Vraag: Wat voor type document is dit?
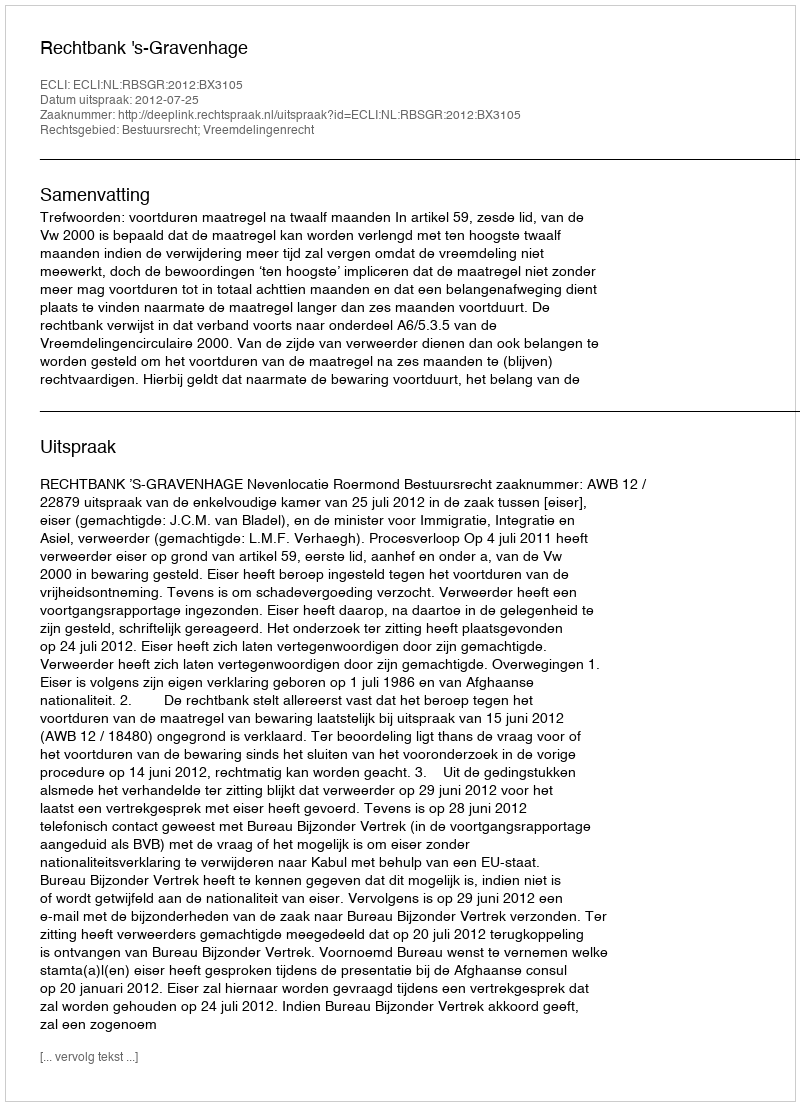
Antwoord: Uitspraak